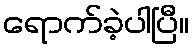
ရောက်ခဲ့ပါပြီ။